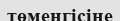
төменгісіне